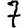
Digit: 7